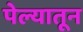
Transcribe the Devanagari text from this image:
पेल्यातून